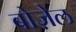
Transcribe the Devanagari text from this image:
बोज़ेल